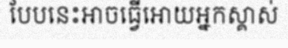
បែបនេះអាចធ្វើអោយអ្នកស្គាស់